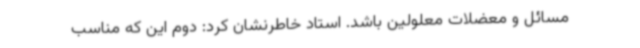
مسائل و معضلات معلولین باشد. استاد خاطرنشان کرد: دوم این که مناسب